Report of the Indian Hemp Drugs Commission, 1894-1895 - Volume IV
Year: 1894
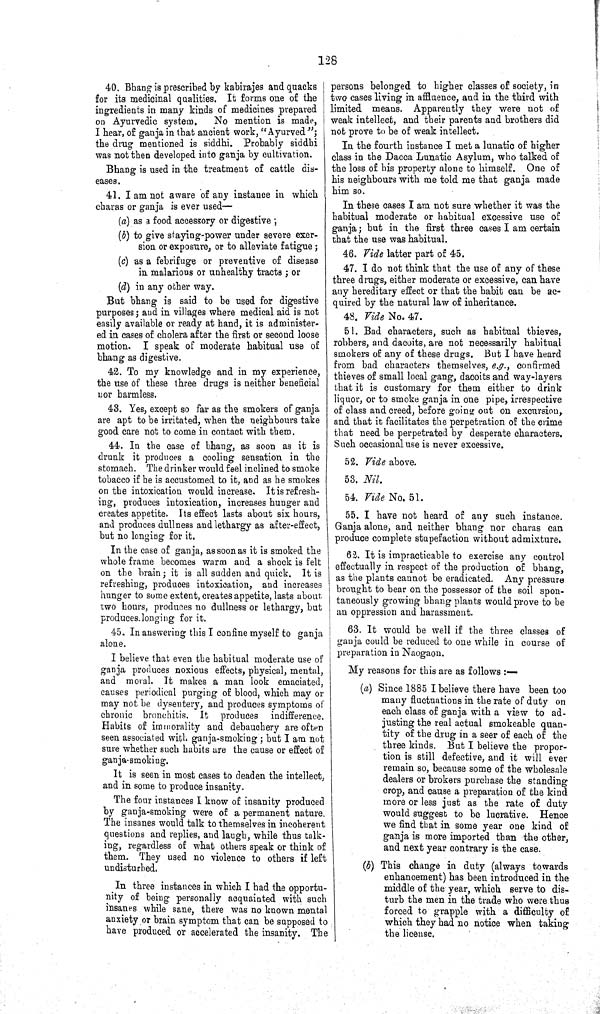
128
40. Bhang is prescribed by kabirajes and quacks
for its medicinal qualities. It forms one of the
ingredients in many kinds of medicines prepared
on Ayurvedic system.
No mention is made,
I hear, of ganja in that ancient work,
"Ayurved";
the drug mentioned is siddhi. Probably siddbi
was not then developed into ganja by cultivation.
Bhang is used in the treatment of cattle dis¬
eases.
41. I am not aware of any instance in which
charas or ganja is ever used—
(a) as a food accessory or digestive;
(b) to give staying-power under severe exer¬
sion or exposure, or to alleviate fatigue;
(c) as a febrifuge or preventive of disease
in malarious or unhealthy tracts; or
(d) in any other way.
But bhang is said to be used for digestive
purposes; and in villages where medical aid is not
easily available or ready at hand, it is administer¬
ed in cases of cholera after the first or second loose
motion. I speak of moderate habitual use of
bhang as digestive.
42. To my knowledge and in my experience,
the use of these three drugs is neither beneficial
nor harmless.
43. Yes, except so far as the smokers of ganja
are apt to be irritated, when the neighbours take
good care not to come in contact with them.
44. In the case of bhang, as soon as it is
drunk it produces a cooling sensation in the
stomach. The drinker would feel inclined to smoke
tobacco if he is accustomed to it, and as he smokes
on the intoxication would increase. It is refresh¬
ing, produces intoxication, increases hunger and
creates appetite. Its effect lasts about six hours,
and produces dullness and lethargy as after-effect,
but no longing for it.
In the case of ganja, as soon as it is smoked the
whole frame becomes warm and a shock is felt
on the brain; it is all sudden and quick. It is
refreshing, produces intoxication, and increases
hunger to some extent, creates appetite, lasts about
two hours, produces no dullness or lethargy, but
produces longing for it.
45. In answering this I confine myself to ganja
alone.
I believe that even the habitual moderate use of
ganja produces noxious effects, physical, mental,
and moral. It makes a man look emaciated,
causes periodical purging of blood, which may or
may not be dysentery, and produces symptoms of
chronic bronchitis. It produces indifference.
Habits of immorality and debauchery are often
seen associated with ganja-smoking; but I am not
sure whether such habits are the cause or effect of
ganja-smoking.
It is seen in most cases to deaden the intellect,
and in some to produce insanity.
The four instances I know of insanity produced
by ganja-smoking were of a permanent nature.
The insanes would talk to themselves in incoherent
questions and replies, and laugh, while thus talk¬
ing, regardless of what others speak or think of
them. They used no violence to others if left
undisturbed.
In three instances in which I had the opportu¬
nity of being personally acquainted with such
insanes while sane, there was no known mental
anxiety or brain symptom that can be supposed to
have produced or accelerated the insanity. The
persons belonged to higher classes of society, in
two cases living in affluence, and in the third with
limited means. Apparently they were not of
weak intellect, and their parents and brothers did
not prove to be of weak intellect.
In the fourth instance I met a lunatic of higher
class in the Dacca Lunatic Asylum, who talked of
the loss of his property alone to himself. One of
his neighbours with me told me that ganja made
him so.
In these cases I am not sure whether it was the
habitual moderate or habitual excessive use of
ganja; but in the first three cases I am certain
that the use was habitual.
46. Vide latter part of 45.
47. I do not think that the use of any of these
three drugs, either moderate or excessive, can have
any hereditary effect or that the habit can be ac¬
quired by the natural law of inheritance.
48. Vide No. 47.
51. Bad characters, such as habitual thieves,
robbers, and dacoits, are not necessarily habitual
smokers of any of these drugs. But I have heard
from bad characters themselves, e.g., confirmed
thieves of small local gang, dacoits and way-layers
that it is customary for them either to drink
liquor, or to smoke ganja in one pipe, irrespective
of class and creed, before going out on excursion,
and that it facilitates the perpetration of the crime
that need be perpetrated by desperate characters.
Such occasional use is never excessive.
52. Vide above.
53. Nil.
54. Vide No. 51.
55. I have not heard of any such instance.
Ganja alone, and neither bhang nor charas can
produce complete stupefaction without admixture.
62. It is impracticable to exercise any control
effectually in respect of the production of bhang,
as the plants cannot be eradicated. Any pressure
brought to bear on the possessor of the soil spon¬
taneously growing bhang plants would prove to be
an oppression and harassment.
63. It would be well if the three classes of
ganja could be reduced to one while in course of
preparation in Naogaon.
My reasons for this are as follows:—
(a) Since 1885 I believe there have been too
many fluctuations in the rate of duty on
each class of ganja with a view to ad¬
justing the real actual smokeable quan¬
tity of the drug in a seer of each of the
three kinds. But I believe the propor¬
tion is still defective, and it will ever
remain so, because some of the wholesale
dealers or brokers purchase the standing
crop, and cause a preparation of the kind
more or less just as the rate of duty
would suggest to be lucrative. Hence
we find that in some year one kind of
ganja is more imported than the other,
and next year contrary is the case.
(b) This change in duty (always towards
enhancement) has been introduced in the
middle of the year, which serve to dis¬
turb the men in the trade who were thus
forced to grapple with a difficulty of
which they had no notice when taking
the license.